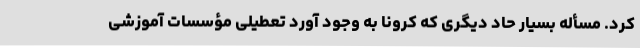
کرد. مسأله بسیار حاد دیگری که کرونا به وجود آورد تعطیلی مؤسسات آموزشی